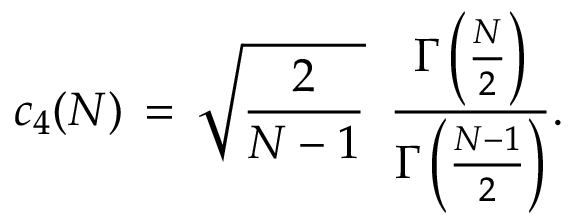
c _ { 4 } ( N ) \, = \, { \sqrt { \frac { 2 } { N - 1 } } } \, \, \, { \frac { \Gamma \left( { \frac { N } { 2 } } \right) } { \Gamma \left( { \frac { N - 1 } { 2 } } \right) } } .